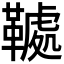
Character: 𩌲